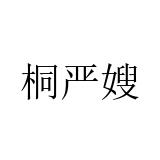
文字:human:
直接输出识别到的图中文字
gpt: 桐严嫂